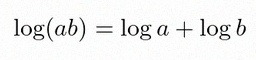
\log(ab)=\log a+\log b